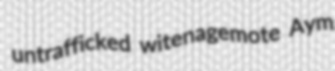
untrafficked witenagemote Aym